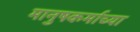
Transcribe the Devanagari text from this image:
मानुषकर्माच्या